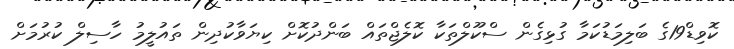
ކޮވިޑް19ގެ ބަލިމަޑުކަމާ ގުޅިގެން ސްކޫލްތަކާ ކޮލެޖްތައް ބަންދުކޮށް ކިޔަވާކުދިން ތައުލީމު ހާސިލް ކުރުމަށް